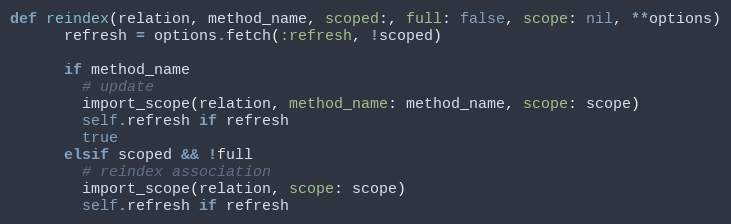
Language: Ruby
def reindex(relation, method_name, scoped:, full: false, scope: nil, **options)
      refresh = options.fetch(:refresh, !scoped)

      if method_name
        # update
        import_scope(relation, method_name: method_name, scope: scope)
        self.refresh if refresh
        true
      elsif scoped && !full
        # reindex association
        import_scope(relation, scope: scope)
        self.refresh if refresh